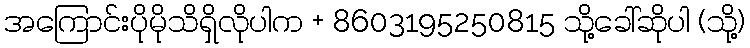
အကြောင်းပိုမိုသိရှိလိုပါက + 8603195250815 သို့ခေါ်ဆိုပါ (သို့)